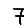
Digit: 7